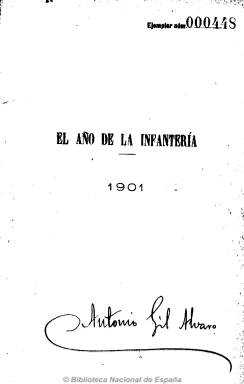
Título: El Año de la infantería
Colección: Fuerzas armadas
Ámbito geográfico: Madrid
Lugar de publicación: Madrid
Fechas: 01/01/1901-31/12/1902

Anuario de carácter profesional dedicado a dar cuenta del escalafón y ascensos del personal del arma de infantería, notas biográficas de sus integrantes, organización y legislación militar, así como artículos científicos y literarios y noticias bibliográficas. Fundado y dirigido por el capitán y escritor Antonio Gil Álvaro. Al comienzo de cada tomo contiene un índice de materias. El segundo tomo incluye un suplemento del mes de julio.